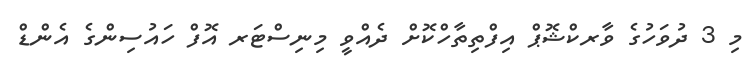
މި 3 ދުވަހުގެ ވާރކްޝޮޕް އިފްތިތާހްކޮށް ދެއްވީ މިނިސްޓަރ އޮފް ހައުސިންގެ އެންޑް